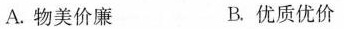
A.物美价廉 B.优质优价